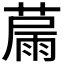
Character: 𦸢